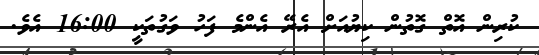
ކުރިން އޮތް ގޮތުން ކިޔުއަށް އެރޭ އެންމެ ފަހު ވަގުތަކީ 16:00 އެވެ.